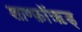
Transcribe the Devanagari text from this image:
शाण्फ़ॉऋड्